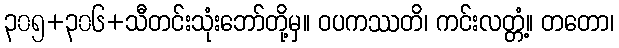
၃၀၅+၃၀၆+သီတင်းသုံးဘော်တို့မှ။ ဝပကဿတိ၊ ကင်းလတ္တံ့။ တတော၊